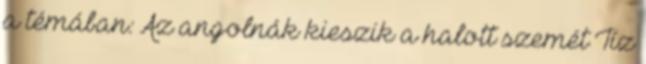
a témában: Az angolnák kieszik a halott szemét Tíz